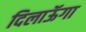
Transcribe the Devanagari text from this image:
दिलाऊॅगा